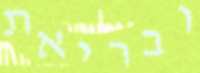
ובריאת